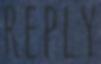
REPLY